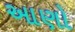
આણો